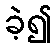
ခဲ့၍